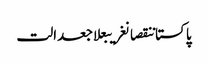
پاکستاننقصانغریبعلاجعدالت